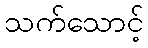
သက်သောင့်